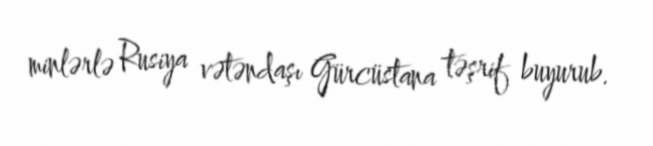
minlərlə Rusiya vətəndaşı Gürcüstana təşrif buyurub.